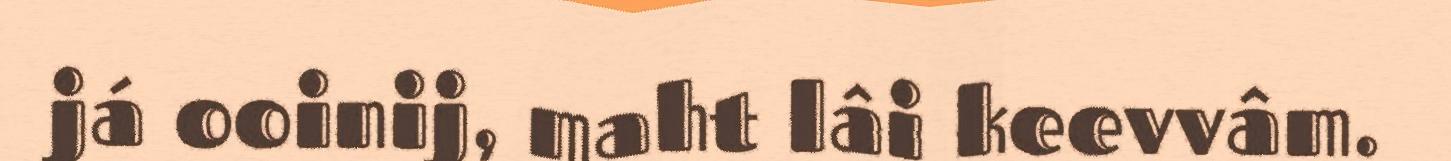
já ooinij, maht lâi keevvâm.